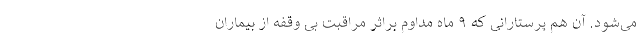
می‌شود. آن هم پرستارانی که ۹ ماه مداوم براثر مراقبت بی وقفه از بیماران